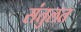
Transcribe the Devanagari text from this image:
संतुलत